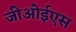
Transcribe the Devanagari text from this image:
जीओईएस